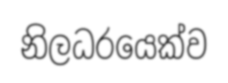
නිලධරයෙක්ව